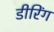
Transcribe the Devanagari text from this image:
डीरिंग